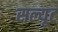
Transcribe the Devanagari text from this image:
सल्यूट